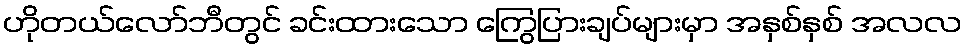
ဟိုတယ်လော်ဘီတွင် ခင်းထားသော ကြွေပြားချပ်များမှာ အနှစ်နှစ် အလလ